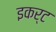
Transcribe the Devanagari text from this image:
इकर्ट